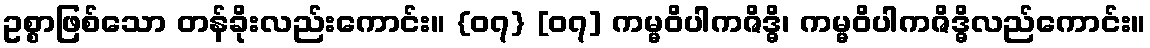
ဥစ္စာဖြစ်သော တန်ခိုးလည်းကောင်း။ {၀၇} [၀၇] ကမ္မဝိပါကဇိဒ္ဓိ၊ ကမ္မဝိပါကဇိဒ္ဓိလည်ကောင်း။